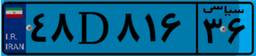
۲۴D۸۰۹۴۶